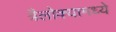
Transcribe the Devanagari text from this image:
त्रैलोक्यामध्ये